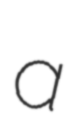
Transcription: a